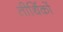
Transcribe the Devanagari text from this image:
तीर्थिकों